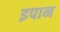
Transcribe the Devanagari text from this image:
इपान